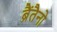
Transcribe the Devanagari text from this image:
ब्रैंतैनो